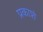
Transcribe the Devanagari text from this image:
प्रकाशं